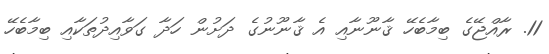
11. ރާއްޖޭގެ ބިމާބެހޭ ޤާނޫނާއި އެ ޤާނޫނުގެ ދަށުން ހަދާ ގަވާއިދުތަކާއި ބިމާބެހޭ